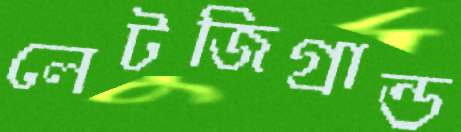
লেটজিগ্রান্ড